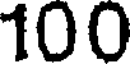
100